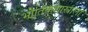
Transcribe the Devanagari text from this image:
भौतिकशास्त्राला